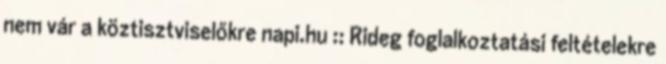
nem vár a köztisztviselőkre napi.hu :: Rideg foglalkoztatási feltételekre